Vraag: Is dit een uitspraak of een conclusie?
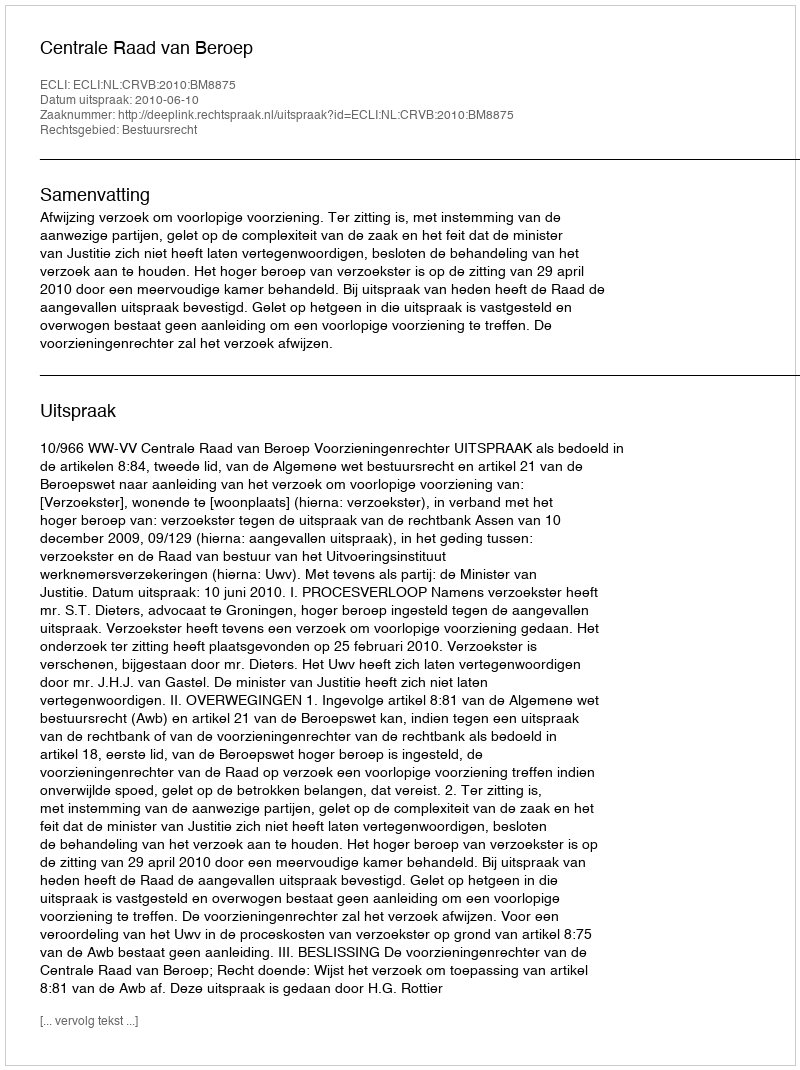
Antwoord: Uitspraak